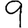
Digit: 9